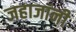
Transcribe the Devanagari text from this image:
जहाजांनी